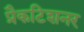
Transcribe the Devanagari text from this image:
प्रैकटिशनर